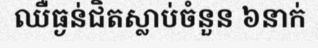
ឈឺធ្ងន់ជិតស្លាប់ចំនួន ៦នាក់